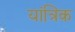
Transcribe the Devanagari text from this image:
यांत्रिक